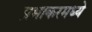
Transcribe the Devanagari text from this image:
प्रभाकरमध्ये